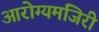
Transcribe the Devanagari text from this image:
आरोग्यमंजिरी